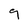
Character: 9